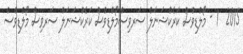
2015  1 - މޯލްޑިވްސް ކަރެކްޝަނަލް ސަރވިސްމޯލްޑިވްސް ކަރެކްޝަނަލް ސަރވިސް މޯލްޑިވްސް